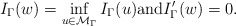
\begin{align*} I_\Gamma(w)=\inf_{u \in {\mathcal{M}_{\Gamma}}}I_\Gamma(u) \mbox{and} I'_\Gamma(w)=0.\end{align*}